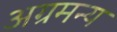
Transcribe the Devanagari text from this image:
अग्रमन्य